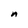
Character: n